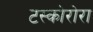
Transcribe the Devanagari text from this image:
टस्कोरोरा